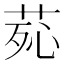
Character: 𦰸